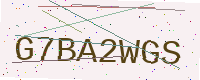
Text: G7BA2WGS